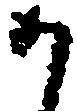
か